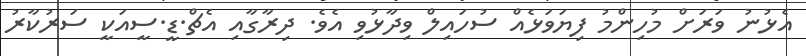
އެޅުނު ވަރަށް މުހިންމު ފިޔަވަޅެއް ސުހައިލް ވިދާޅުވި އެވެ. ދިރާގާއި އެޗް.ޑީ.ސީއަކީ ސަރުކާރު